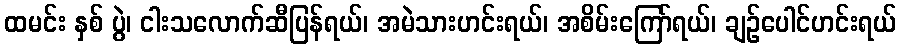
ထမင်း နှစ် ပွဲ၊ ငါးသလောက်ဆီပြန်ရယ်၊ အမဲသားဟင်းရယ်၊ အစိမ်းကြော်ရယ်၊ ချဉ်ပေါင်ဟင်းရယ်